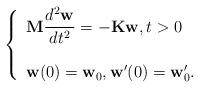
LaTeX: \begin{align*}\left\{ \begin{array}{l}\mathbf{M} \dfrac{d^2\mathbf{w}}{dt^2}=-\mathbf{K}\mathbf{w},t>0 \\ \\\mathbf{w}(0)=\mathbf{w}_0, \mathbf w'(0)=\mathbf w'_0.\\\end{array} \right.\end{align*}